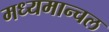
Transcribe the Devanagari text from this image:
मध्यमान्चल